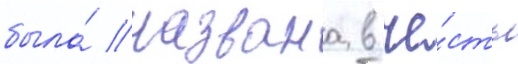
была́ названа в че́сть